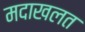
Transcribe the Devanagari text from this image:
मदाखलत